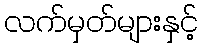
လက်မှတ်များနှင့်